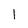
Character: 1